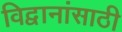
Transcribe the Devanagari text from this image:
विद्वानांसाठी